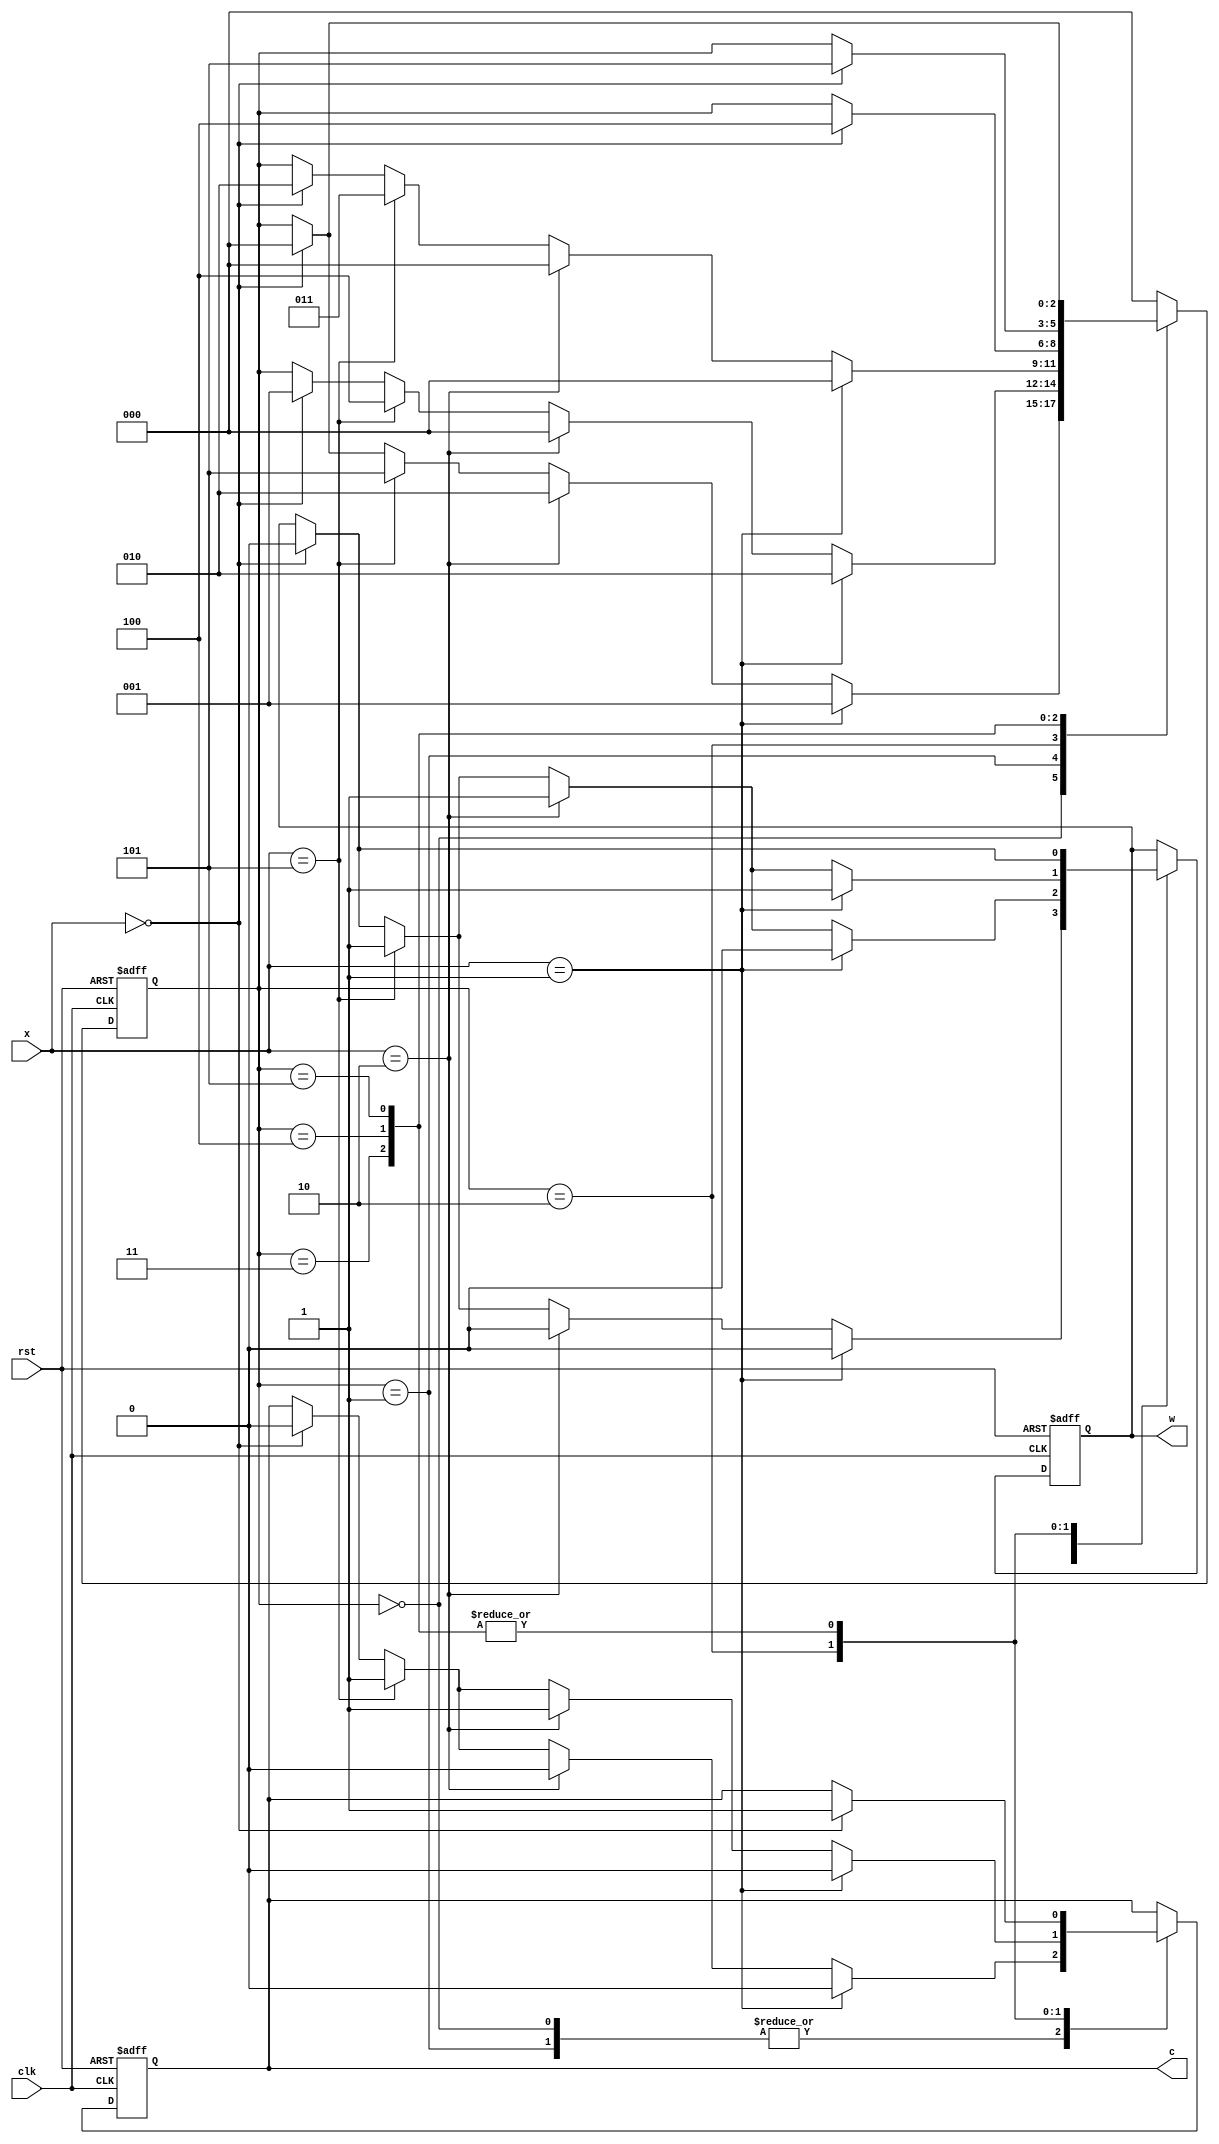
module dispenser(w,c, x, rst, clk);
  output w,c;
  input[2:0] x;
  input clk, rst;
  reg w,c;
  reg[2:0] state;
  parameter s0=3'd0, s1=3'd1, s2=3'd2, s3=3'd3, s4= 3'd4, s5= 3'd5;
  always @(posedge clk or negedge rst)
  if(!rst) 
  begin 
   state=s0; w=0; c=0;
  end
  else 
  begin
    case (state)
    s0: if(x==3'd1) begin w<=0; c<=0; state<=s1; end
    else if(x==3'd2) begin w<=0; c<=0; state<= s2; end
    else if(x==3'd5) begin w<=1; c<=1; state<=s5; end
    else if(x==3'd0) begin w<=0; c<=0; state<=s0; end
    s1: if(x==3'd1) begin w<=0; c<=0; state<=s2; end
    else if(x==3'd2) begin w<=1; c<=0; state<= s0; end
    else if(x==3'd5) begin w<=1; c<=1; state<=s4; end
    else if(x==3'd0) begin w<=0; c<=0; state<=s1; end
    s2: if(x==3'd1) begin w<=1; c<=0; state<=s0; end
    else if(x==3'd2) begin w<=1; c<=1; state<= s0; end
    else if(x==3'd5) begin w<=1; c<=1; state<=s3; end
    else if(x==3'd0) begin w<=0; c<=0; state<=s2; end
    s3: if(x==3'd0) begin w<=0; c<=1; state<=s4; end
    s4: if(x==3'd0) begin w<=0; c<=1; state<=s5; end
    s5: if(x==3'd0) begin w<=0; c<=1; state<=s0; end
    default: state<=s0;
  endcase
  end
endmodule